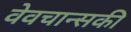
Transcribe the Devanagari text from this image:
वेवचान्सकी